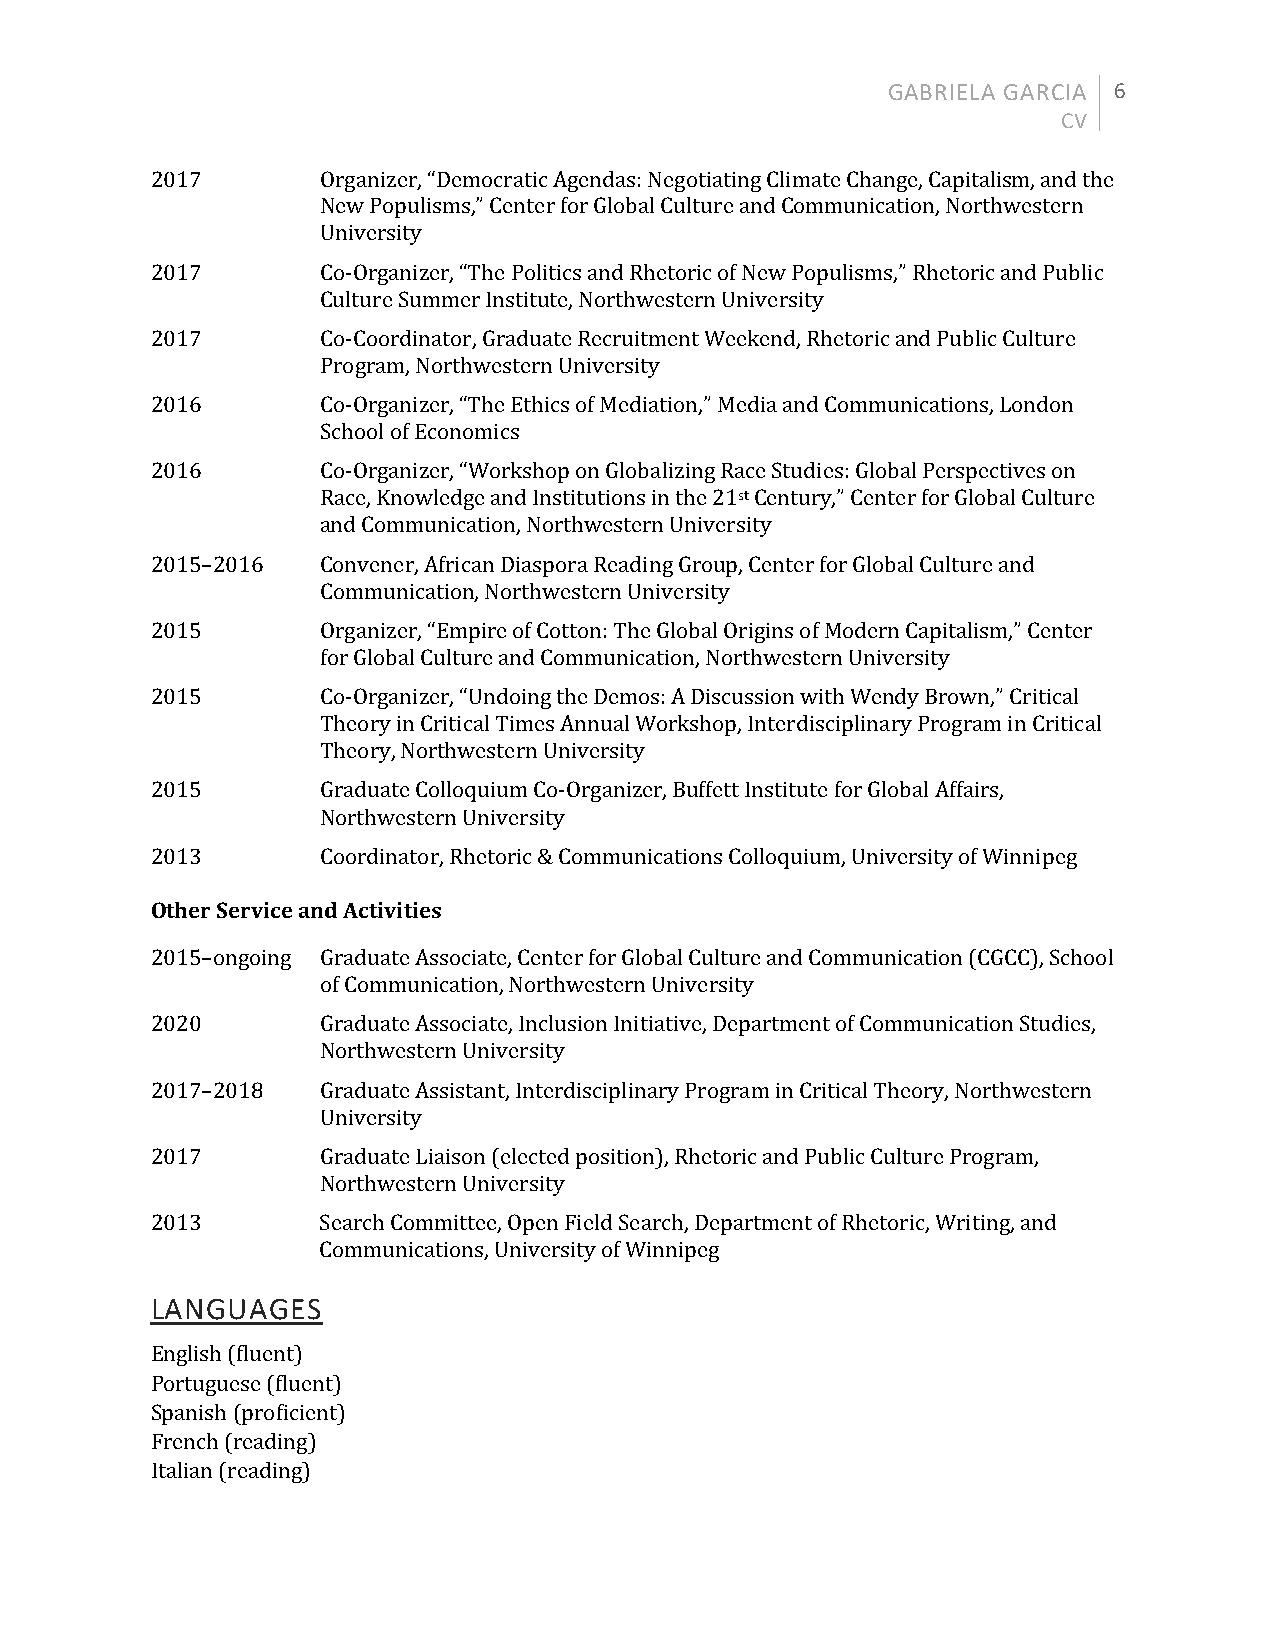
GABRIELA GARCIA 6
 CV
 2017       Organizer, “Democratic Agendas: Negotiating Climate Change, Capitalism, and the
 New Populisms,” Center for Global Culture and Communication, Northwestern
 University
 2017       Co-Organizer, “The Politics and Rhetoric of New Populisms,” Rhetoric and Public
 Culture Summer Institute, Northwestern University
 2017       Co-Coordinator, Graduate Recruitment Weekend, Rhetoric and Public Culture
 Program, Northwestern University
 2016       Co-Organizer, “The Ethics of Mediation,” Media and Communications, London
 School of Economics
 2016       Co-Organizer, “Workshop on Globalizing Race Studies: Global Perspectives on
 Race, Knowledge and Institutions in the 21st Century,” Center for Global Culture
 and Communication, Northwestern University
 2015–2016  Convener, African Diaspora Reading Group, Center for Global Culture and
 Communication, Northwestern University
 2015       Organizer, “Empire of Cotton: The Global Origins of Modern Capitalism,” Center
 for Global Culture and Communication, Northwestern University
 2015       Co-Organizer, “Undoing the Demos: A Discussion with Wendy Brown,” Critical
 Theory in Critical Times Annual Workshop, Interdisciplinary Program in Critical
 Theory, Northwestern University
 2015       Graduate Colloquium Co-Organizer, Buffett Institute for Global Affairs,
 Northwestern University
 2013       Coordinator, Rhetoric & Communications Colloquium, University of Winnipeg
 Other Service and Activities
 2015–ongoing Graduate Associate, Center for Global Culture and Communication (CGCC), School
 of Communication, Northwestern University
 2020       Graduate Associate, Inclusion Initiative, Department of Communication Studies,
 Northwestern University
 2017–2018  Graduate Assistant, Interdisciplinary Program in Critical Theory, Northwestern
 University
 2017       Graduate Liaison (elected position), Rhetoric and Public Culture Program,
 Northwestern University
 2013       Search Committee, Open Field Search, Department of Rhetoric, Writing, and
 Communications, University of Winnipeg
 LANGUAGES
 English (fluent)
 Portuguese (fluent)
 Spanish (proficient)
 French (reading)
 Italian (reading)